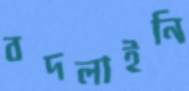
বদলাইনি